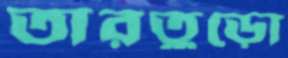
তারতুড়ো